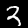
Digit: 3